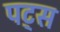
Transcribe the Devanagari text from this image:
पट्स